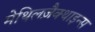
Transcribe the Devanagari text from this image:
मेथिलज़ैक्थाइन्स